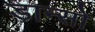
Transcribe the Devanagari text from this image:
डान्सो